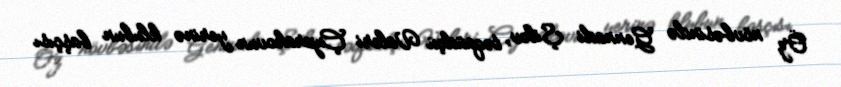
Öz növbəsində Gennadi Şilov, təqaüdçü Valeri Çuprakovun yerinə klubun başçısı